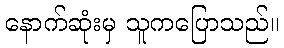
နောက်ဆုံးမှ သူကပြောသည်။